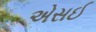
એસઈ